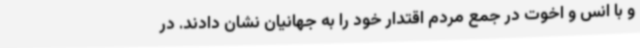
و با انس و اخوت در جمع مردم اقتدار خود را به جهانیان نشان دادند. در